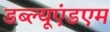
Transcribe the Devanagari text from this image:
डब्ल्यूएंडएम